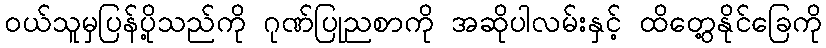
ဝယ်သူမှပြန်ပို့သည်ကို ဂုဏ်ပြုညစာကို အဆိုပါလမ်းနှင့် ထိတွေ့နိုင်ခြေကို